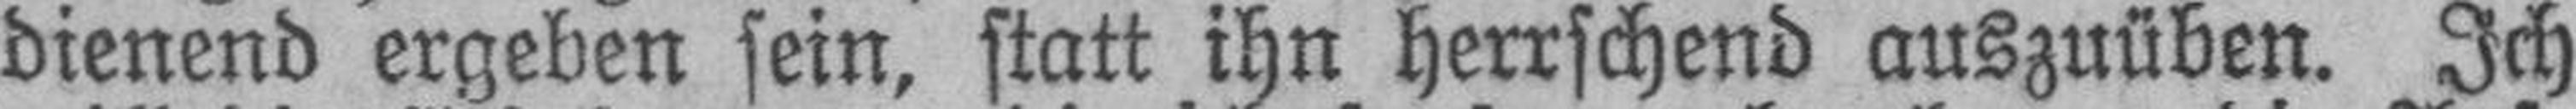
dienend ergeben sein, statt ihn herrschend auszuüben. Ich